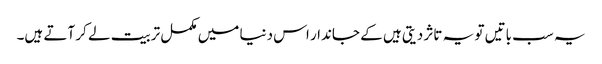
یہ سب باتیں تو یہ تاثر دیتی ہیں کے جاندار اس دنیا میں مکمل تربیت لے کر آتے ہیں۔